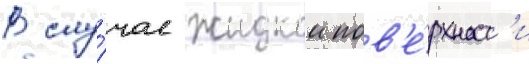
В слу́чае жидкои пов'е́рхност'и